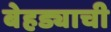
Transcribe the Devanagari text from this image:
बेहड्याची